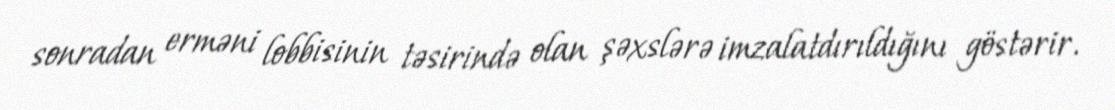
sonradan erməni lobbisinin təsirində olan şəxslərə imzalatdırıldığını göstərir.